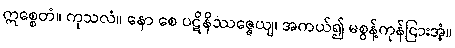
ဣစ္စေတံ။ ကုသလံ။ နော စေ ပဋိနိဿဇ္ဇေယျ၊ အကယ်၍ မစွန့်ကုန်ငြားအံ့။